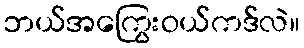
ဘယ်အကြွေးဝယ်ကဒ်လဲ။